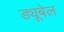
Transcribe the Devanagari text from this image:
ड्यूबेल